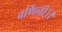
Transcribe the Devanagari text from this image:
वर्णिनी।।